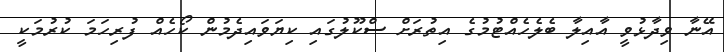
އޭނާ ވިދާޅުވީ އާއިލާ ބެލެހެއްޓުމުގެ އިތުރަށް ސްކޫލުގައި ކިޔަވައިދެމުން ކޯހެއް ފުރިހަމަ ކުރުމަކީ